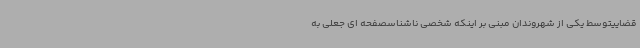
قضاییتوسط یکی از شهروندان مبنی بر اینکه شخصی ناشناسصفحه ای جعلی به